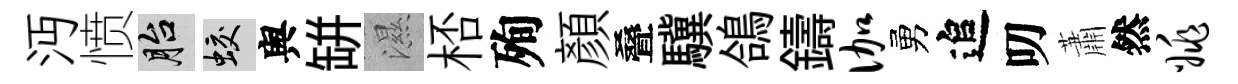
沔愤胎蛟舆缾濕桮殉顔叠驥鴿鑄伽勇追叨蕭然姚